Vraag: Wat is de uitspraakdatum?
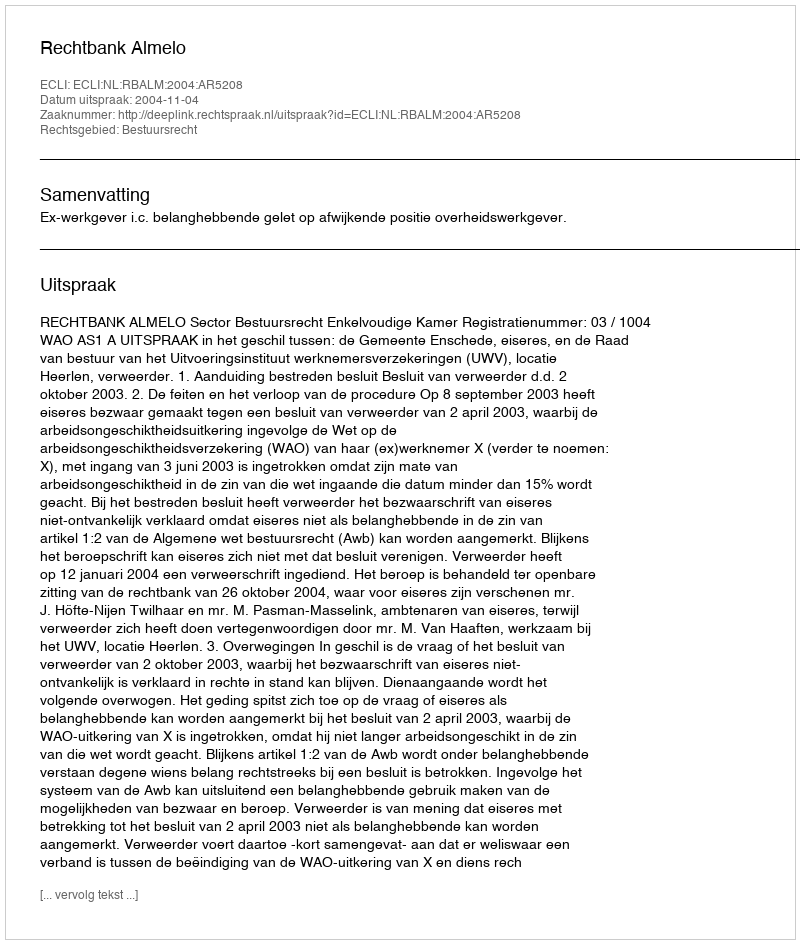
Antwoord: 2004-11-04